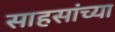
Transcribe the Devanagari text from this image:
साहसांच्या